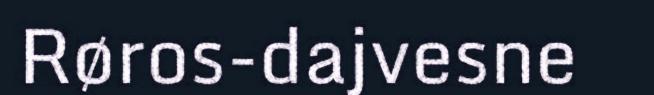
Røros-dajvesne